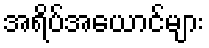
အရိပ်အယောင်များ